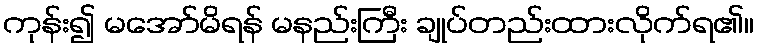
ကုန်း၍ မအော်မိရန် မနည်းကြီး ချုပ်တည်းထားလိုက်ရ၏။